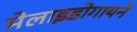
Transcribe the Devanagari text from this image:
मेलाइडोगायने